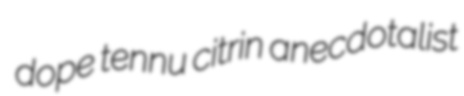
dope tennu citrin anecdotalist